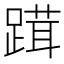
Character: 䠜